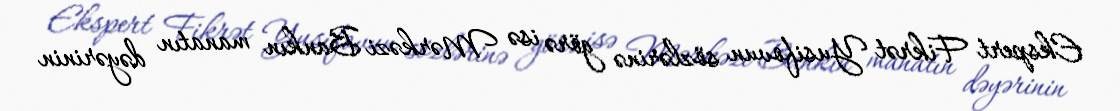
Ekspert Fikrət Yusifovun sözlərinə görə isə Mərkəzi Bankın manatın dəyərinin